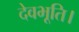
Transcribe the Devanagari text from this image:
देवभूति।